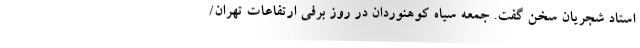
استاد شجریان سخن گفت. جمعه سیاه کوهنوردان در روز برفی ارتفاعات تهران/